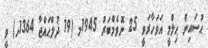
ޙުސައިން ޙިލްމީ އަވަހާރަވީ 25 ނޮވެމްބަރު 1945މ (19 ޛުލްޙައްޖާ 1364ހ) ވީ